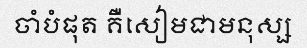
ចាំបំផុត គឺសៀមជាមនុស្ស